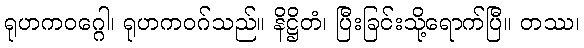
ရုဟကဝဂ္ဂေါ၊ ရုဟကဝဂ်သည်။ နိဋ္ဌိတံ၊ ပြီးခြင်းသို့ရောက်ပြီ။ တဿ၊